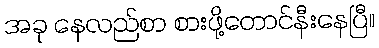
အခု နေလည်စာ စားဖို့တောင်နီးနေပြီ။